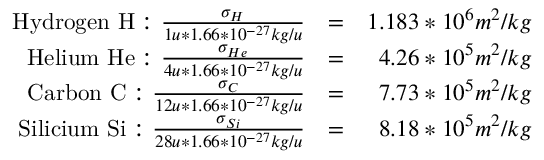
\begin{array} { r l r } { \mathrm { H y d r o g e n ~ H : ~ } \frac { \sigma _ { H } } { 1 u * 1 . 6 6 * 1 0 ^ { - 2 7 } k g / u } } & { = } & { 1 . 1 8 3 * 1 0 ^ { 6 } m ^ { 2 } / k g } \\ { \mathrm { H e l i u m ~ H e : ~ } \frac { \sigma _ { H e } } { 4 u * 1 . 6 6 * 1 0 ^ { - 2 7 } k g / u } } & { = } & { 4 . 2 6 * 1 0 ^ { 5 } m ^ { 2 } / k g } \\ { \mathrm { C a r b o n ~ C : ~ } \frac { \sigma _ { C } } { 1 2 u * 1 . 6 6 * 1 0 ^ { - 2 7 } k g / u } } & { = } & { 7 . 7 3 * 1 0 ^ { 5 } m ^ { 2 } / k g } \\ { \mathrm { S i l i c i u m ~ S i : ~ } \frac { \sigma _ { S i } } { 2 8 u * 1 . 6 6 * 1 0 ^ { - 2 7 } k g / u } } & { = } & { 8 . 1 8 * 1 0 ^ { 5 } m ^ { 2 } / k g } \end{array}